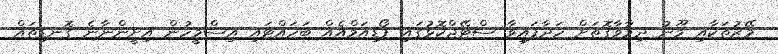
މޭޒުތަކާއި މޫނު ދިމާވާގޮތަށް ހަދާފައިވާ ސްޓޭޖްކޮޅުގައި ޕޯޑިއަމްއެއް ބަހައްޓައި އިސްމީހުން އިށީންނާނެ ގޮނޑިތައް